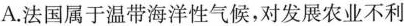
A. 法国属于温带海洋性气候，对发展农业不利